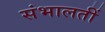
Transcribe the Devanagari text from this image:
संभालतीं